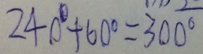
2 4 0 ^ { \circ } + 6 0 ^ { \circ } = 3 0 0 ^ { \circ }